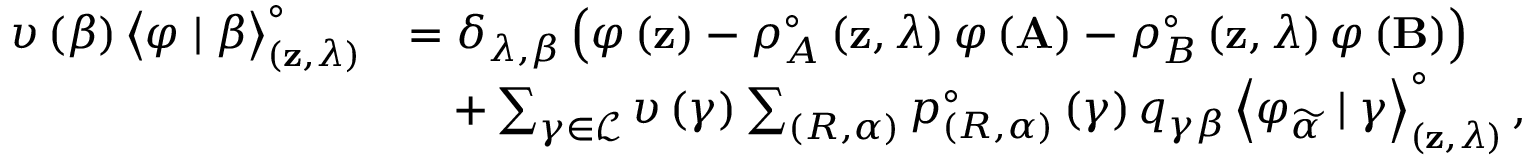
\begin{array} { r l } { \upsilon \left( \beta \right) \left< \varphi \mid \beta \right> _ { \left( \mathbf { z } , \lambda \right) } ^ { \circ } } & { = \delta _ { \lambda , \beta } \left( \varphi \left( \mathbf { z } \right) - \rho _ { A } ^ { \circ } \left( \mathbf { z } , \lambda \right) \varphi \left( \mathbf { A } \right) - \rho _ { B } ^ { \circ } \left( \mathbf { z } , \lambda \right) \varphi \left( \mathbf { B } \right) \right) } \\ & { \quad + \sum _ { \gamma \in \mathcal { L } } \upsilon \left( \gamma \right) \sum _ { \left( R , \alpha \right) } p _ { \left( R , \alpha \right) } ^ { \circ } \left( \gamma \right) q _ { \gamma \beta } \left< \varphi _ { \widetilde { \alpha } } \mid \gamma \right> _ { \left( \mathbf { z } , \lambda \right) } ^ { \circ } , } \end{array}